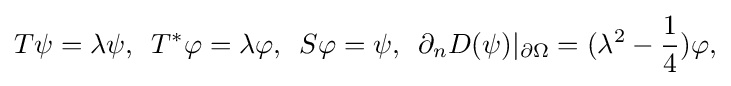
\displaystyle {T\psi =\lambda \psi ,\,\,\,T^{*}\varphi =\lambda \varphi ,\,\,\,S\varphi =\psi ,\,\,\,\partial _{n}D(\psi )|_{\partial \Omega }=(\lambda ^{2}-{1 \over 4})\varphi ,}